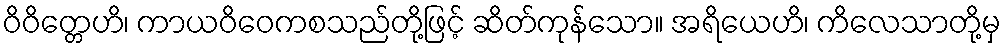
ဝိဝိတ္တေဟိ၊ ကာယဝိဝေကစသည်တို့ဖြင့် ဆိတ်ကုန်သော။ အရိယေဟိ၊ ကိလေသာတို့မှ